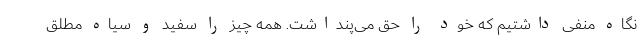
نگاه منفی داشتیم که خود را حق می‌پنداشت. همه چیز را سفید و سیاه مطلق